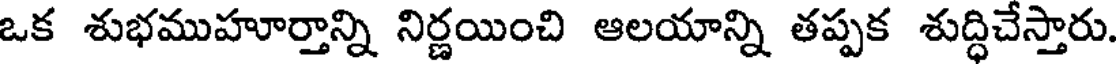
ఒక శుభముహూర్తాన్ని నిర్ణయించి ఆలయాన్ని తప్పక శుద్ధిచేస్తారు.